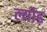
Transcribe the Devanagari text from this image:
ल्योड़